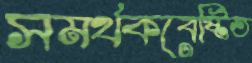
সমর্থকবেষ্টিত